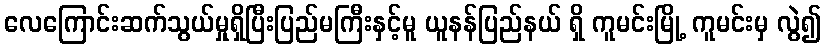
လေကြောင်းဆက်သွယ်မှုရှိပြီးပြည်မကြီးနှင့်မူ ယူနန်ပြည်နယ် ရှိ ကူမင်းမြို့ ကူမင်းမှ လွဲ၍